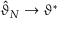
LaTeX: { \hat { \vartheta } } _ { N } \rightarrow \vartheta ^ { * }